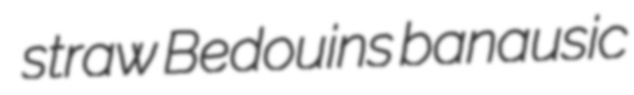
straw Bedouins banausic